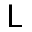
\mathsf { L }